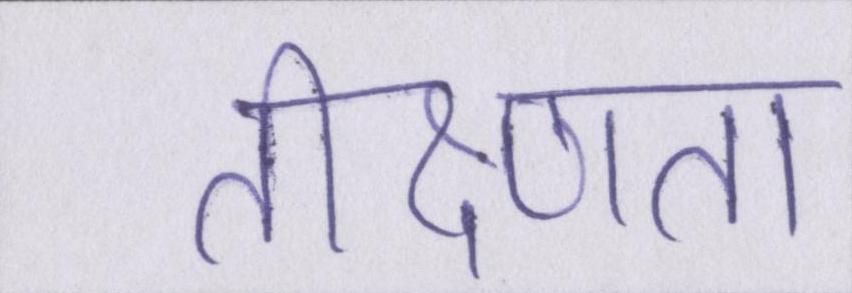
तीक्ष्णता